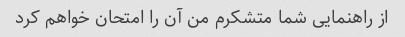
از راهنمایی شما متشکرم من آن را امتحان خواهم کرد